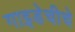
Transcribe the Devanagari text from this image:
गाइडेचीचे